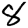
Digit: 8